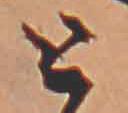
と